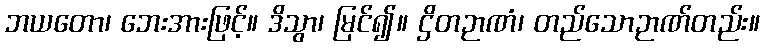
ဘယတော၊ ဘေးအားဖြင့်။ ဒိသွာ၊ မြင်၍။ ဌိတဉာဏံ၊ တည်သောဉာဏ်တည်း။